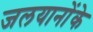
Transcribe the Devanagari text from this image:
जलयानोंके